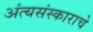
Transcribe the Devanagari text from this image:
अंत्यसंस्काराचे